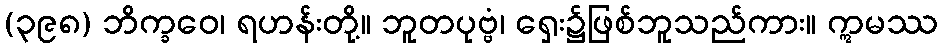
(၃၉၈) ဘိက္ခဝေ၊ ရဟန်းတို့။ ဘူတပုဗ္ဗံ၊ ရှေး၌ဖြစ်ဘူသည်ကား။ ဣမဿ